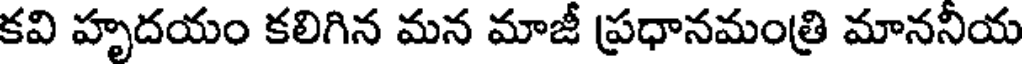
కవి హృదయం కలిగిన మన మాజీ ప్రధానమంత్రి మాననియ